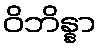
ဝိဘိန္နာ